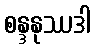
စန္ဒနုဿဒါ